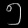
Digit: ၅